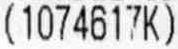
(1074617K)